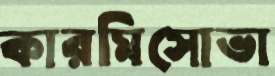
কারমিসোভা